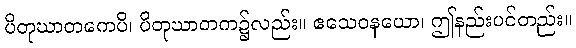
ပိတုဃာတကေပိ၊ ပိတုဃာတက၌လည်း။ ဧသေဝနယော၊ ဤနည်းပင်တည်း။